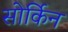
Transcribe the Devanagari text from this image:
सोर्किन